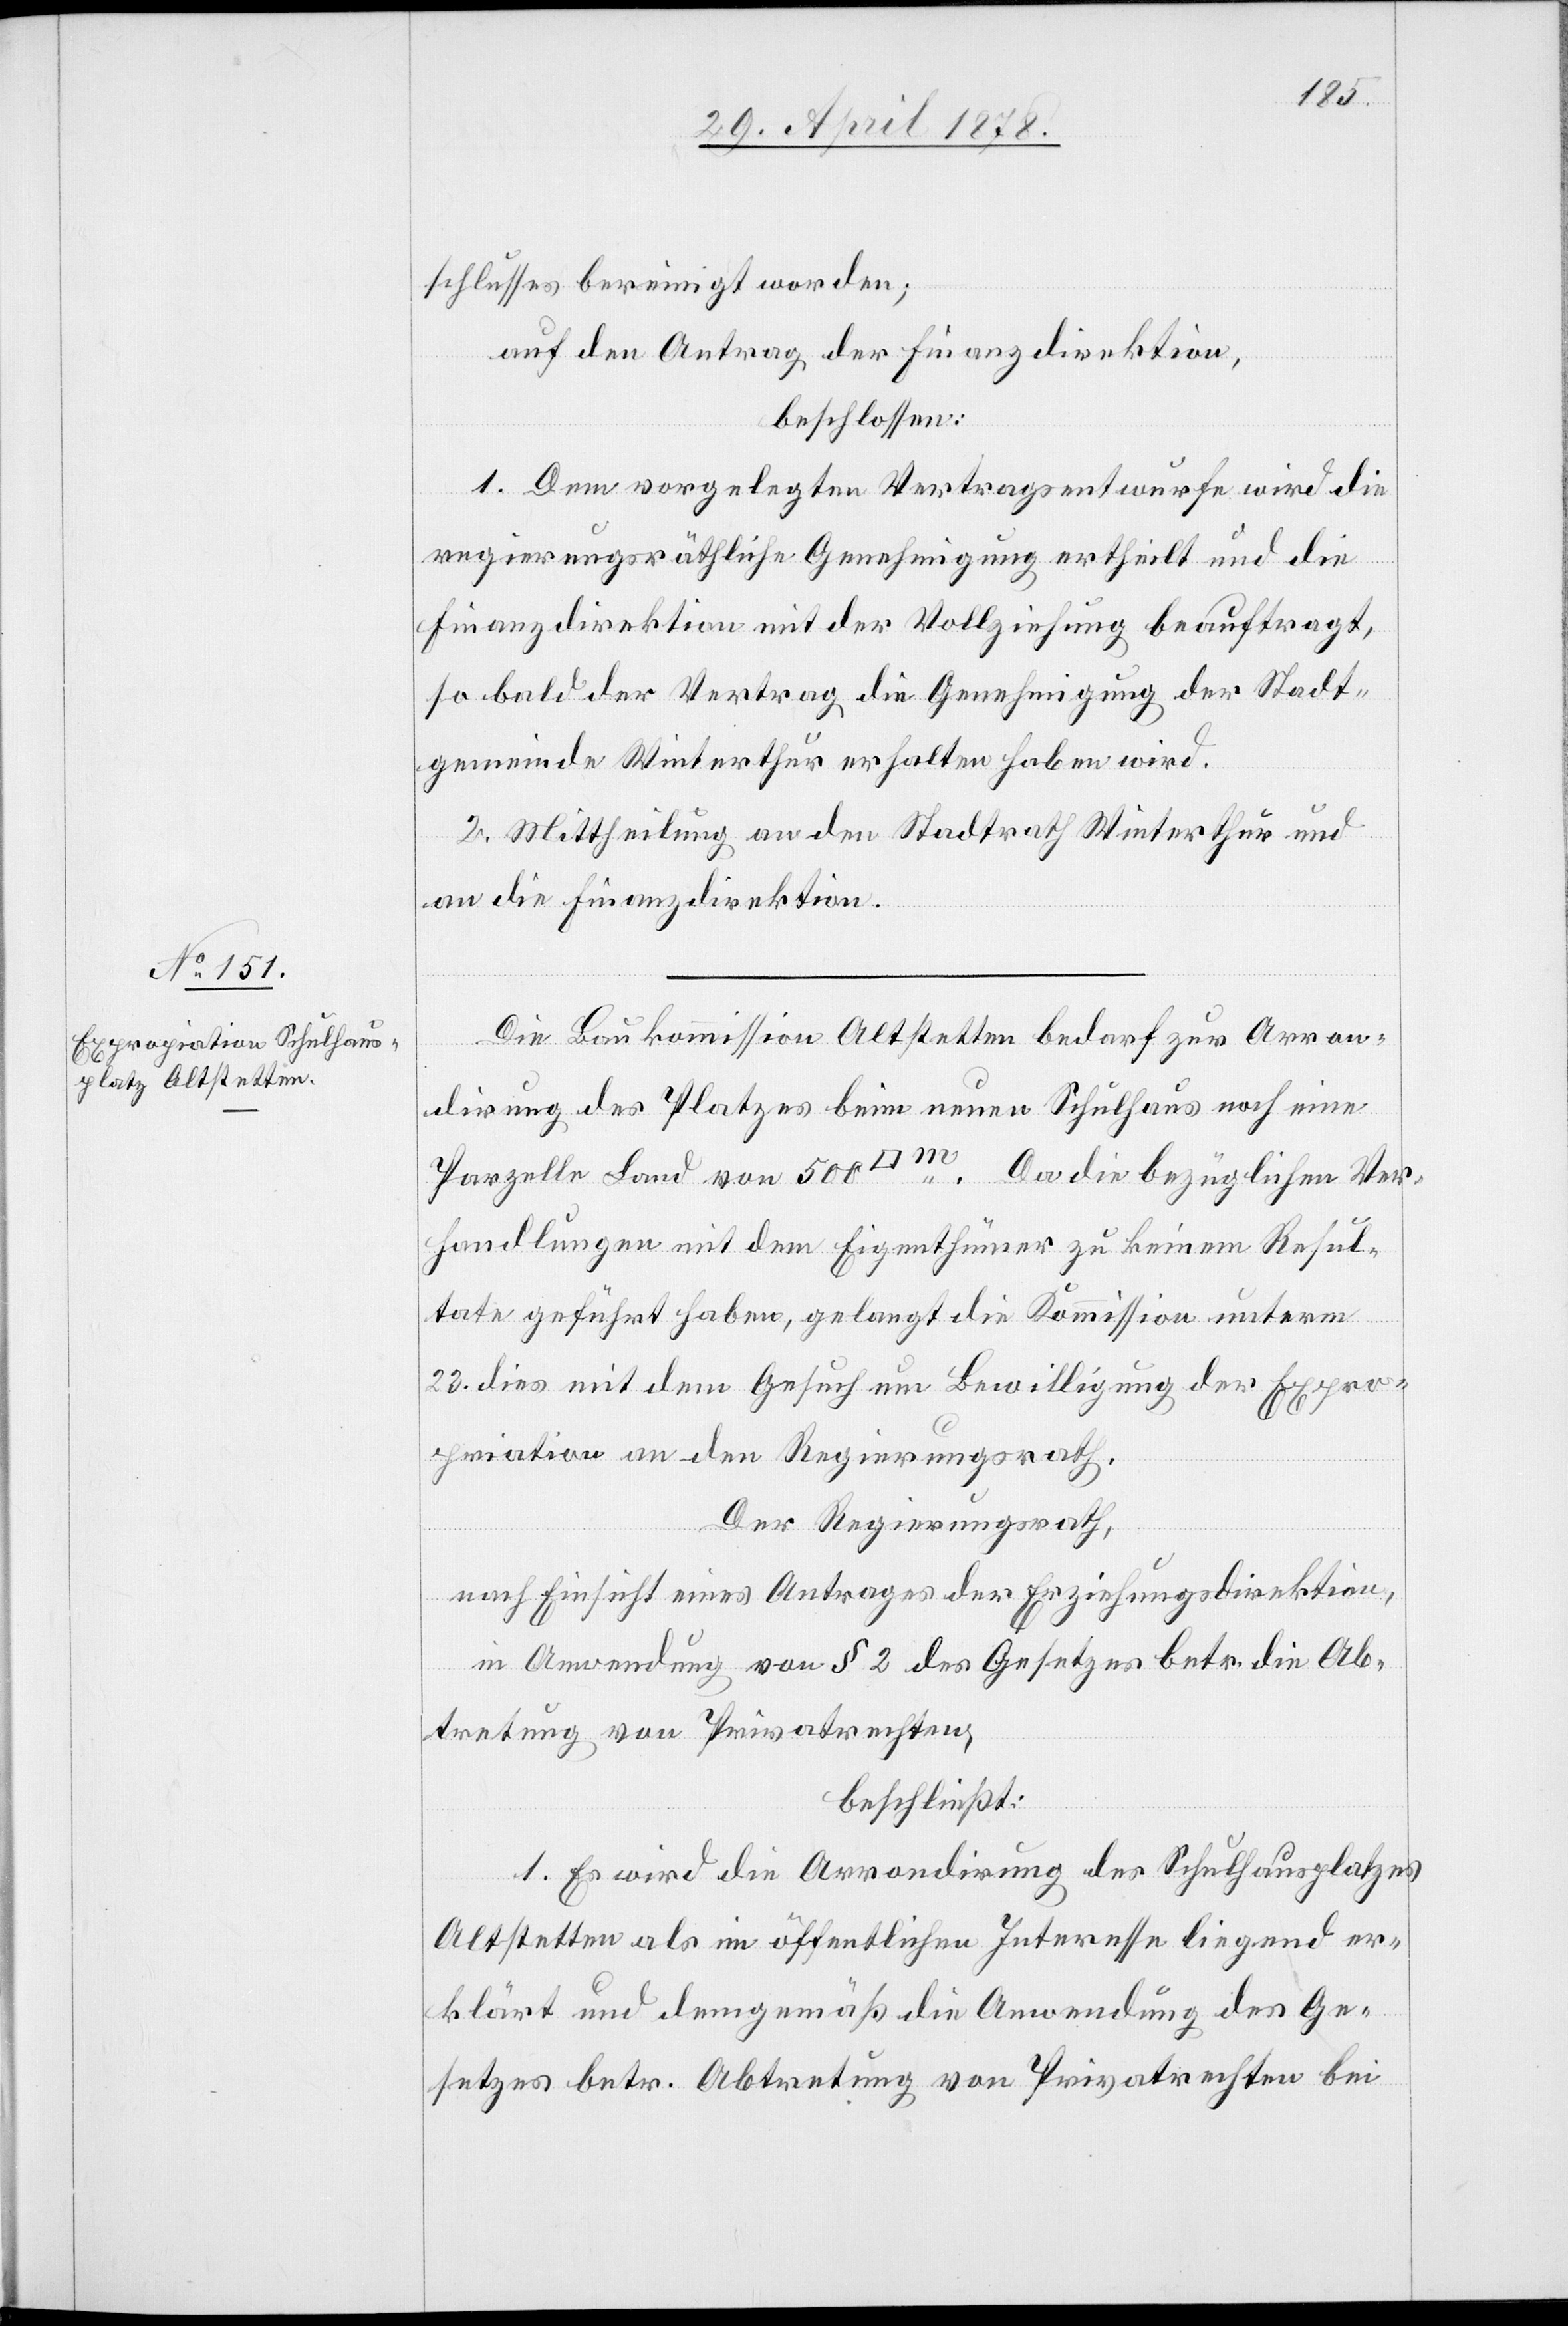
schlusses bereinigt worden;
auf den Antrag der Finanzdirektion,
beschlossen:
1. Dem vorgelegten Vertragsentwurfe wird die
regierungsräthliche Genehmigung ertheilt und die
Finanzdirektion mit der Vollziehung beauftragt,
so bald der Vertrag die Genehmigung der Stadt¬
gemeinde Winterthur erhalten haben wird.
2. Mittheilung an den Stadtrath Winterthur und
an die Finanzdirektion.
Die Baukommission Altstetten bedarf zur Arron¬
dirung des Platzes beim neuen Schulhaus noch eine
Parzelle Land von 500 [Quadratmet¬
er]. Da die bezüglichen Ver¬
handlungen mit dem Eigenthümer zu keinem Resul¬
tat geführt haben, gelangt die Kommission unterm
23. dies mit dem Gesuch um Bewilligung der Expro¬
priation an den Regierungsrath.
Der Regierungsrath,
nach Einsicht eines Antrages der Erziehungsdirektion,
in Anwendung von § 2 des Gesetzes betr. die Ab¬
tretung von Privatrechten,
beschließt:
1. Es wird die Arrondirung des Schulhausplatzes
Altstetten als im öffentlichen Interesse liegend er¬
klärt und demgemäß die Anwendung des Ge¬
setzes betr. Abtretung von Privatrechten bei